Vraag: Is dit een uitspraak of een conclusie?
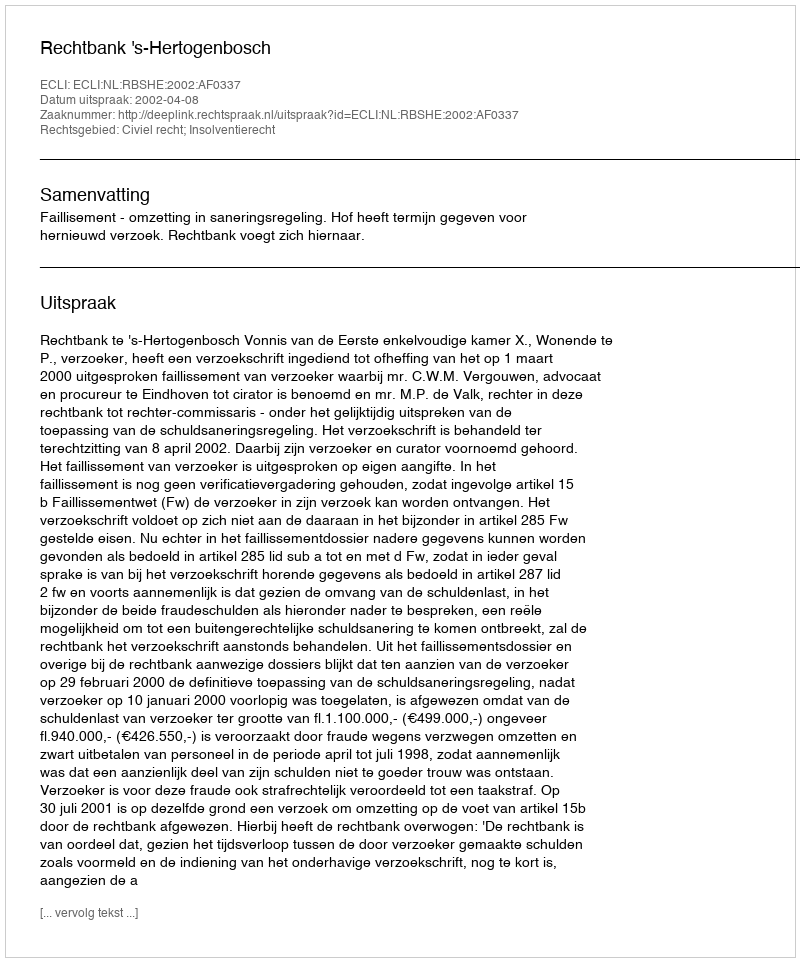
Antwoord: Uitspraak